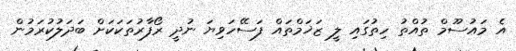
އެ މައުސޫމް ތުއްތު ހިތުގައި ލީ ޒަޚަމްތައް ފަސޭހަވިޔަ ނުދީ ރޯފާރުތަކަކަށް ބަދަލުކުރަމުން